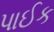
પાઈક